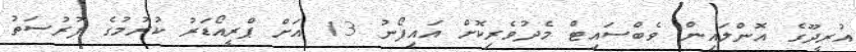
އުރީދޫގެ އޮންލައިން ވެބްސައިޓް މެދުވެރިކޮށް އައިފޯނު 13 އަށް ޕްރީއޯޑަރު ކުރުމުގެ ފުރުސަތު